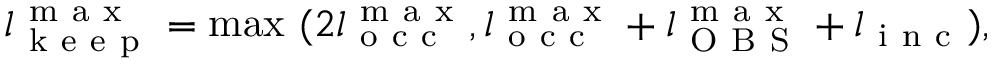
l _ { \mathrm { ~ k ~ e ~ e ~ p ~ } } ^ { \mathrm { ~ m ~ a ~ x ~ } } = \operatorname* { m a x } \ ( 2 l _ { \mathrm { ~ o ~ c ~ c ~ } } ^ { \mathrm { ~ m ~ a ~ x ~ } } , l _ { \mathrm { ~ o ~ c ~ c ~ } } ^ { \mathrm { ~ m ~ a ~ x ~ } } + l _ { \mathrm { ~ O ~ B ~ S ~ } } ^ { \mathrm { ~ m ~ a ~ x ~ } } + l _ { \mathrm { ~ i ~ n ~ c ~ } } ) ,